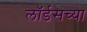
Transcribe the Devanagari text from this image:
लॉर्डसच्या